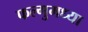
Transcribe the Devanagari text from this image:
फल्गुमध्या